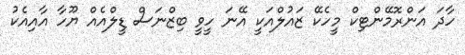
ހާދަ އަންރޮމޭންޓިކް މީހެކޭ ޒައުލްއަކީ އޭނަ ހީވީ ބިޒްނަސް ޑީލްއެއް ޔޫހާ އާއިއެކު